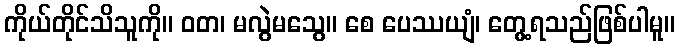
ကိုယ်တိုင်သိသူကို။ ဝတ၊ မလွဲမသွေ။ စေ ပေဿယျံ၊ တွေ့ရသည်ဖြစ်ပါမူ။